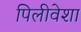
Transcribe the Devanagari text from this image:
पिलीवेशा